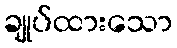
ချုပ်ထားသော